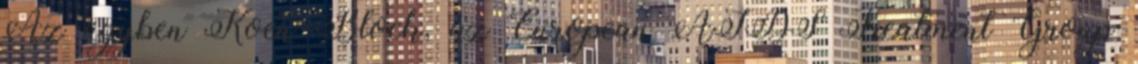
Az ügyben Koen Block, az European AIDS Treatment Group